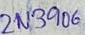
Text: 2N3906